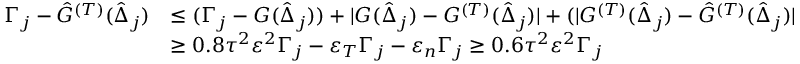
\begin{array} { r l } { \Gamma _ { j } - \hat { G } ^ { ( T ) } ( \hat { \Delta } _ { j } ) } & { \leq ( \Gamma _ { j } - { G } ( \hat { \Delta } _ { j } ) ) + | { G } ( \hat { \Delta } _ { j } ) - { G } ^ { ( T ) } ( \hat { \Delta } _ { j } ) | + ( | { G } ^ { ( T ) } ( \hat { \Delta } _ { j } ) - \hat { G } ^ { ( T ) } ( \hat { \Delta } _ { j } ) | } \\ & { \geq 0 . 8 \tau ^ { 2 } \varepsilon ^ { 2 } \Gamma _ { j } - \varepsilon _ { T } \Gamma _ { j } - \varepsilon _ { n } \Gamma _ { j } \geq 0 . 6 \tau ^ { 2 } \varepsilon ^ { 2 } \Gamma _ { j } } \end{array}